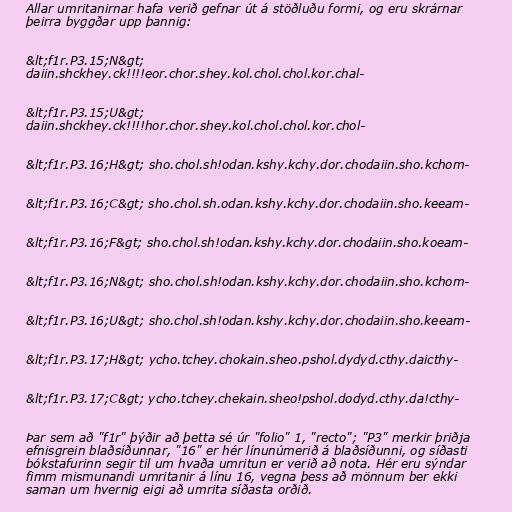
Allar umritanirnar hafa verið gefnar út á stöðluðu formi, og eru skrárnar
þeirra byggðar upp þannig:

&lt;f1r.P3.15;N&gt;
daiin.shckhey.ck!!!!eor.chor.shey.kol.chol.chol.kor.chal-

&lt;f1r.P3.15;U&gt;
daiin.shckhey.ck!!!!hor.chor.shey.kol.chol.chol.kor.chol-

&lt;f1r.P3.16;H&gt; sho.chol.sh!odan.kshy.kchy.dor.chodaiin.sho.kchom-

&lt;f1r.P3.16;C&gt; sho.chol.sh.odan.kshy.kchy.dor.chodaiin.sho.keeam-

&lt;f1r.P3.16;F&gt; sho.chol.sh!odan.kshy.kchy.dor.chodaiin.sho.koeam-

&lt;f1r.P3.16;N&gt; sho.chol.sh!odan.kshy.kchy.dor.chodaiin.sho.kchom-

&lt;f1r.P3.16;U&gt; sho.chol.sh!odan.kshy.kchy.dor.chodaiin.sho.keeam-

&lt;f1r.P3.17;H&gt; ycho.tchey.chokain.sheo.pshol.dydyd.cthy.daicthy-

&lt;f1r.P3.17;C&gt; ycho.tchey.chekain.sheo!pshol.dodyd.cthy.da!cthy-

Þar sem að "f1r" þýðir að þetta sé úr "folio" 1, "recto"; "P3" merkir þriðja
efnisgrein blaðsíðunnar, "16" er hér línunúmerið á blaðsíðunni, og síðasti
bókstafurinn segir til um hvaða umritun er verið að nota. Hér eru sýndar
fimm mismunandi umritanir á línu 16, vegna þess að mönnum ber ekki
saman um hvernig eigi að umrita síðasta orðið.